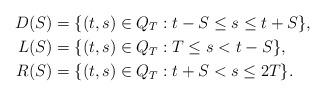
LaTeX: \begin{align*}D(S) &= \{ (t,s) \in Q_T : t - S \leq s \leq t + S \}, \\L(S) &= \{ (t,s) \in Q_T : T \leq s < t - S \}, \\R(S) &= \{ (t,s) \in Q_T : t + S < s \leq 2T \}.\end{align*}